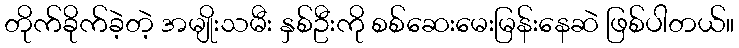
တိုက်ခိုက်ခဲ့တဲ့ အမျိုးသမီး နှစ်ဦးကို စစ်ဆေးမေးမြန်းနေဆဲ ဖြစ်ပါတယ်။